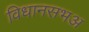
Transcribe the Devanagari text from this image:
विधानसभअ